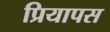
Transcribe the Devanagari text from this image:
प्रियापस